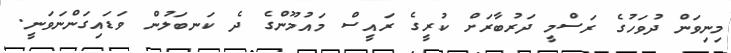
މިނިވަން ދުވަހުގެ ރަސްމީ ދަރުބާރަށް ކުރީގެ ރައީސް މައުމޫންގެ ދެ ކަނބަލުން ވަޑައިގަންނަވަނީ.